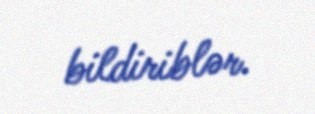
bildiriblər.